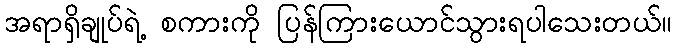
အရာရှိချုပ်ရဲ့ စကားကို ပြန်ကြားယောင်သွားရပါသေးတယ်။